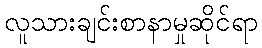
လူသားချင်းစာနာမှုဆိုင်ရာ